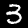
Label: 3